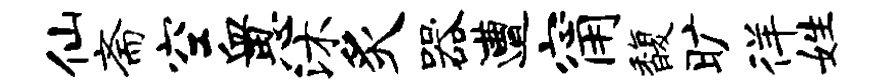
仙斋空血思沐炙器遭甯馥旷徉姓